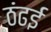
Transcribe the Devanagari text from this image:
ठंढई